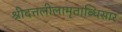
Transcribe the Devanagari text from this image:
श्रीदत्तलीलामृताब्धिसार